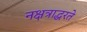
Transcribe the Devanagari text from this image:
नक्षत्राद्धरते